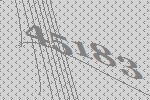
45183